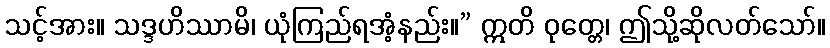
သင့်အား။ သဒ္ဒဟိဿာမိ၊ ယုံကြည်ရအံ့နည်း။” ဣတိ ဝုတ္တေ၊ ဤသို့ဆိုလတ်သော်။